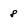
Character: 8